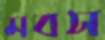
মবস